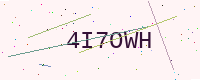
Text: 4I7OWH